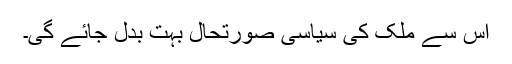
اس سے ملک کی سیاسی صورتحال بہت بدل جائے گی۔